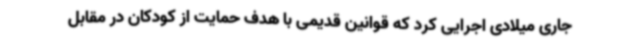
جاری میلادی اجرایی کرد که قوانین قدیمی با هدف حمایت از کودکان در مقابل